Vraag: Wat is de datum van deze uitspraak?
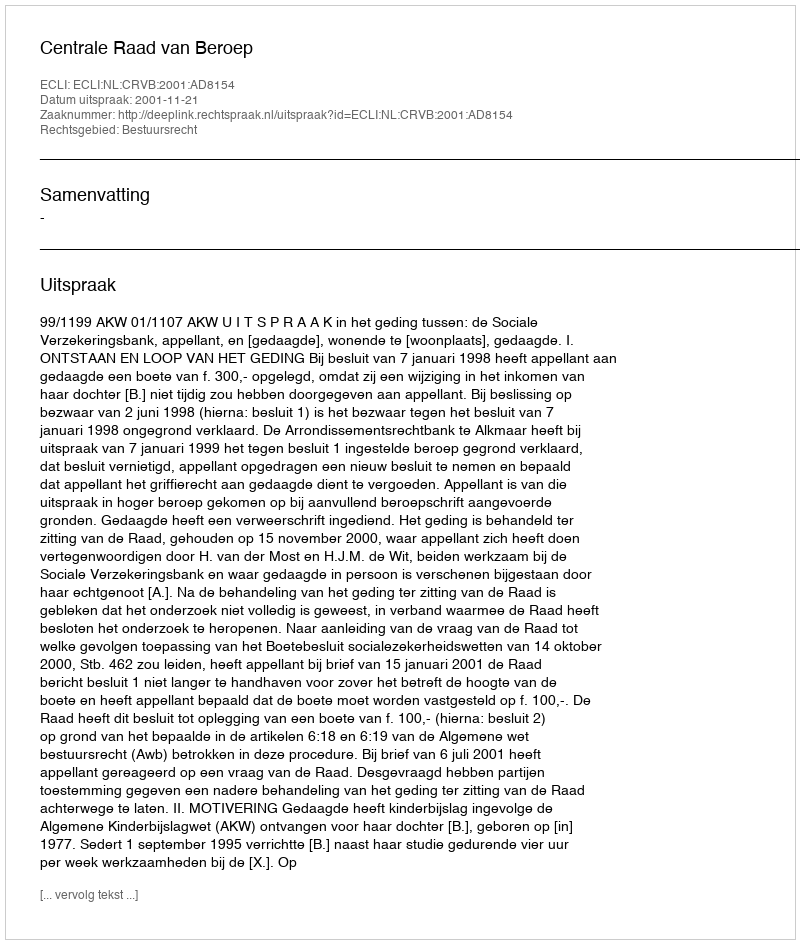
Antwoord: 2001-11-21